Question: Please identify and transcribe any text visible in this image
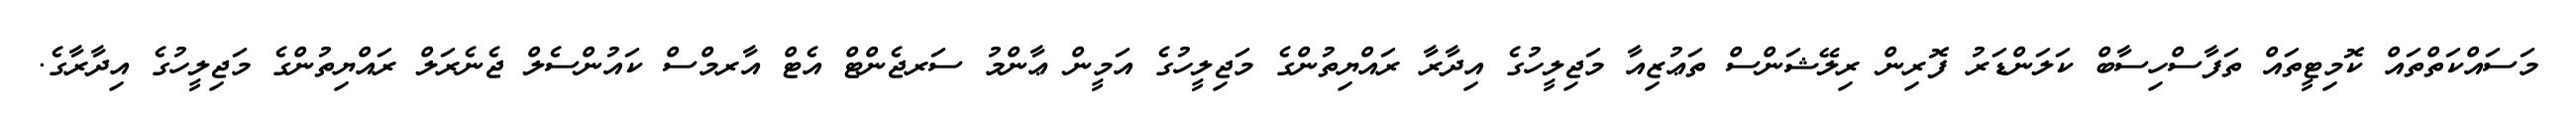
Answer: މަސައްކަތްތައް ކޮމިޓީތައް ތަފާސްހިސާބް ކަލަންޑަރު ފޮރިން ރިލޭޝަންސް ތަޢުޒިއާ މަޖިލީހުގެ އިދާރާ ރައްޔިތުންގެ މަޖިލީހުގެ އަމީން ޢާންމު ސަރޖެންޓް އެޓް އާރމްސް ކައުންސެލް ޖެނެރަލް ރައްޔިތުންގެ މަޖިލީހުގެ އިދާރާގެ.